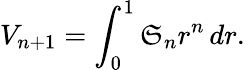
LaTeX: V_{n+1}=\int_{0}^{1}\mathfrak{S}_{n}r^{n}\, dr.